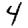
Digit: 4